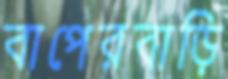
বাপেরবাড়ি